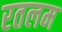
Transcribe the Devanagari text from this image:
रतलम